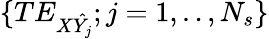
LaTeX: \{ TE_{X\hat{Y_{j}}};j=1,..,N_{s}\}